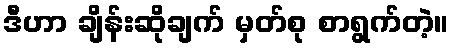
ဒီဟာ ချိန်းဆိုချက် မှတ်စု စာရွက်တဲ့။